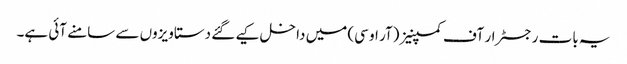
یہ بات رجسٹرار آف کمپنیز (آر او سی) میں داخل کیے گئے دستاویزوں سے سامنے آئی ہے۔